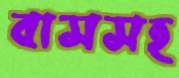
বাসসহ